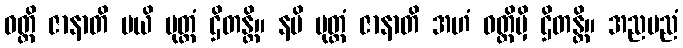
ဝတ္ထိ ဇာနာတိ မယိ မုတ္တံ ဌိတန္တိ။ နပိ မုတ္တံ ဇာနာတိ အဟံ ဝတ္ထိမှိ ဌိတန္တိ။ အညမညံ